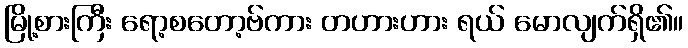
မြို့စားကြီး ရော့စတော့ဗ်ကား တဟားဟား ရယ် မောလျက်ရှိ၏။